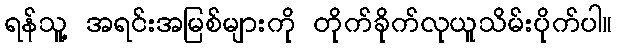
ရန်သူ့ အရင်းအမြစ်များကို တိုက်ခိုက်လုယူသိမ်းပိုက်ပါ။